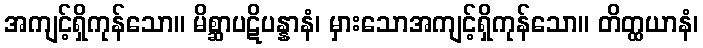
အကျင့်ရှိကုန်သော။ မိစ္ဆာပဋိပန္နာနံ၊ မှားသောအကျင့်ရှိကုန်သော။ တိတ္ထယာနံ၊